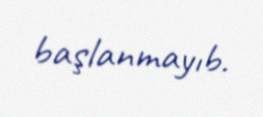
başlanmayıb.